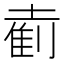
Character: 𫮘